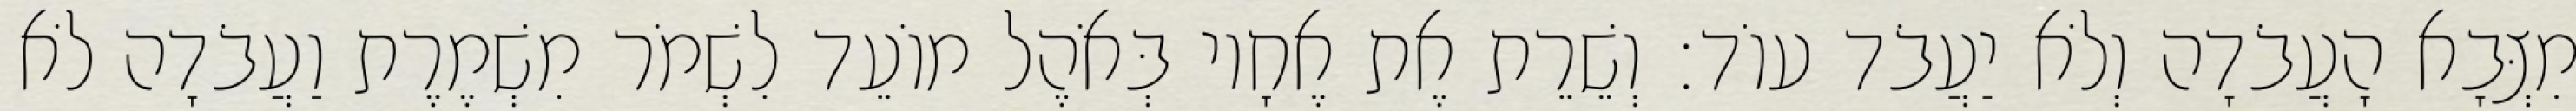
מִצְּבָא הָעֲבֹדָה וְלֹא יַעֲבֹד עוֹד׃ וְשֵׁרֵת אֶת אֶחָיו בְּאֹהֶל מוֹעֵד לִשְׁמֹר מִשְׁמֶרֶת וַעֲבֹדָה לֹא